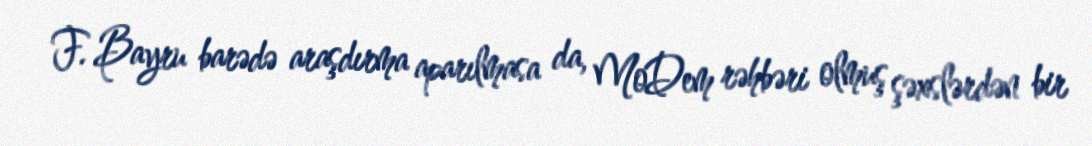
F. Bayru barədə araşdırma aparılmasa da, MoDem rəhbəri olmuş şəxslərdən bir